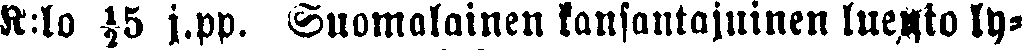
K:lo ½5 j.pp. Suomalainen kansantajuinen luento ly-